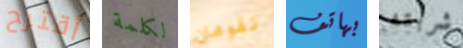
أقترح لكلمة تقومان بهاتف شربته